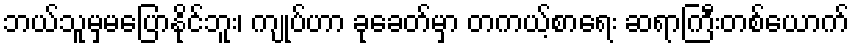
ဘယ်သူမှမပြောနိုင်ဘူး၊ ကျုပ်ဟာ ခုခေတ်မှာ တကယ့်စာရေး ဆရာကြီးတစ်ယောက်